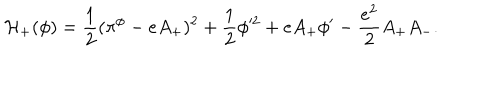
{ \cal H } _ { + } ( \phi ) = { \frac { 1 } { 2 } } ( \pi ^ { \phi } - e A _ { + } ) ^ { 2 } + { \frac { 1 } { 2 } } \phi ^ { 2 } + e A _ { + } \phi ^ { \prime } - { \frac { e ^ { 2 } } { 2 } } A _ { + } A _ { - } .